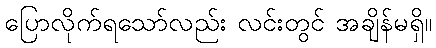
ပြောလိုက်ရသော်လည်း လင်းတွင် အချိန်မရှိ။